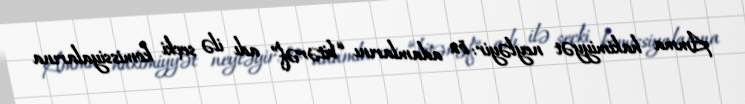
Amma hakimiyyət neyləyir: öz adamlarını “bitərəf” adı ilə seçki komissiyalarına